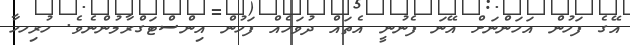
އޭގެ ފަހުން އަހަންނަށް އޭނަ ފެނުނީ އެތައް ދުވަހެއް ފަހުން އިންސްޓަގްރާމުންނެވެ. ހުރިހހާ